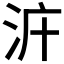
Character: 𣳝